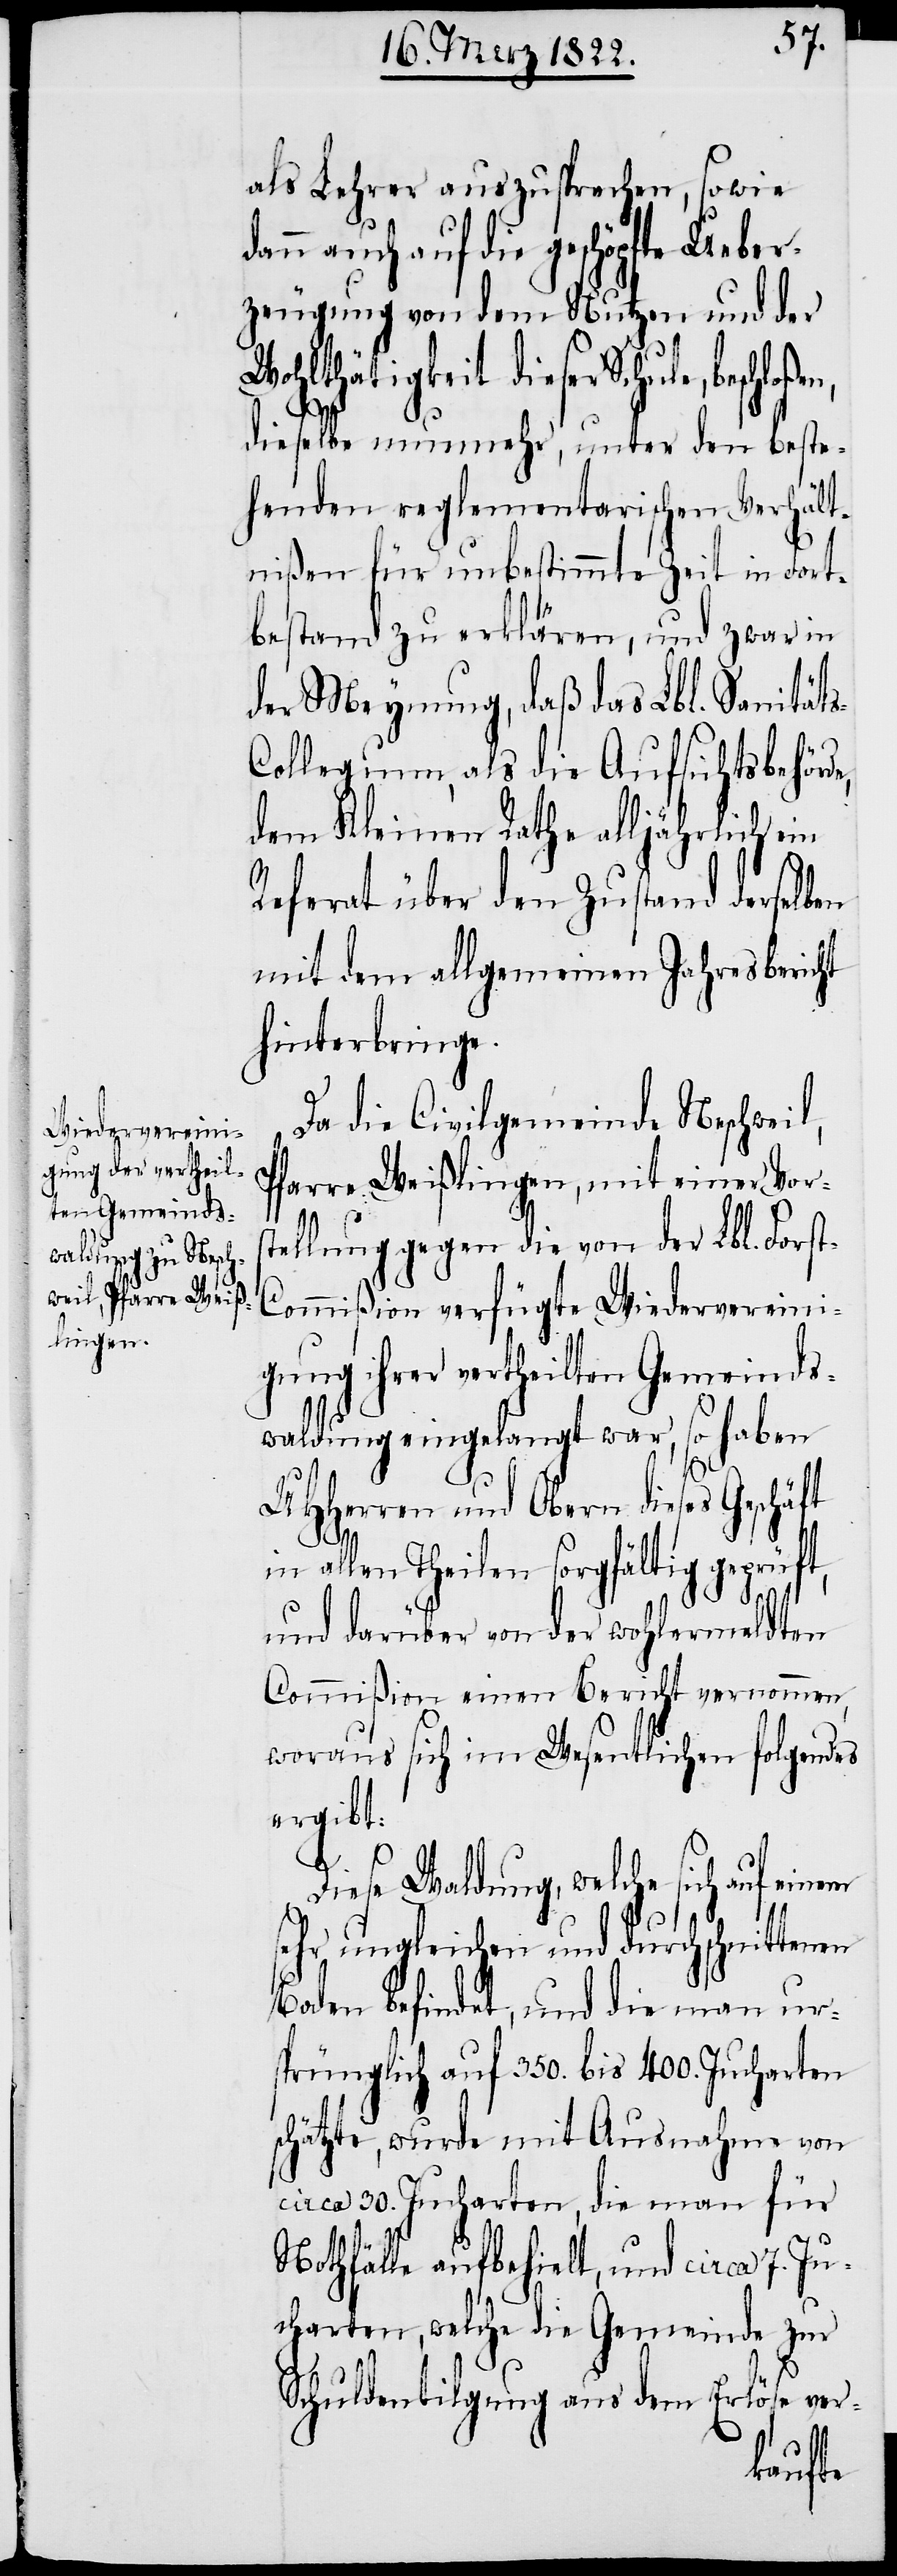
als Lehrer auszusprechen, sowie
dann auch auf die geschöpfte Ueber¬
zeugung von dem Nutzen und der
Wohlthätigkeit dieser Schule,
dieselbe nunmehr, unter den beste¬
henden reglementarischen Verhält¬
nißen für unbestimmte Zeit in Fort¬
bestand zu erklären, und zwar in
der Meynung, daß das Lbl. Sanität¬
ollegium, als die Aufsichtsbehörd¬
dem Kleinen Rathe alljährlich ein
Referat über den Zustand derselben
mit dem allgemeinen Jahresbericht
hinterbringe.
Da die Civilgemeinde Neschweil,
Pfarre Weißlingen, mit einer Vors¬
tellung gegen die von der Lbl. Fors¬
ommißion verfügte Wiedervereini¬
gung ihrer ertheilten Gemeinds¬
waldung eingelangt war, so haben
UHHerren und Obern dieses Geschäft
e,
in allen Theilen sorgfältig geprüft,
und darüber von der wohlermeldten
Commißion einen Bericht vernommen,
woraus sich im Wesentlichen folgendes
ergibt:
en
Diese Waldung, welche sich auf einem
sehr ungleichen und durchschnitten¬
Boden befindet, und die man ur¬
sprünglich auf 350. bis 400. Jucharten
schätzte, wurde mit Ausnahme von
circa 30. Jucharten, die man für
Nothfälle aufbehielt, und circa 7. Ju¬
charten, welche die Gemeinde zur
Schuldtilgung aus dem Erlöse ver-